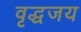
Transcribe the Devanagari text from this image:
वृद्धजय